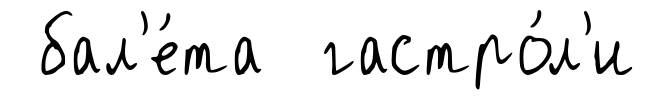
бал'е́та гастро́л'и